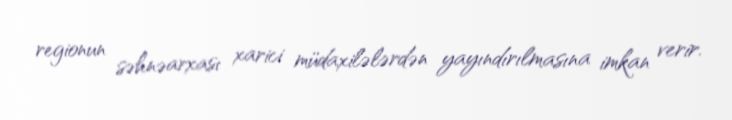
regionun səhnəarxası xarici müdaxilələrdən yayındırılmasına imkan verir.